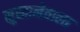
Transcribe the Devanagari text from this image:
सुखानेवाला